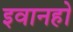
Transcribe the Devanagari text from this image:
इवानहो